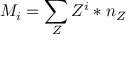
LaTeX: M _ { i } = \sum _ { Z } Z ^ { i } * n _ { Z }